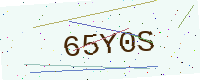
Text: 65Y0S